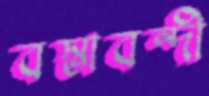
বস্তাবন্দী